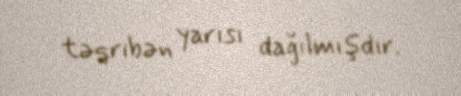
təqribən yarısı dağılmışdır.